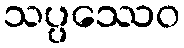
သပ္ပဿေဝ